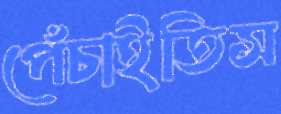
পেঁচাইতিস